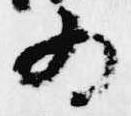
為